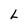
Character: L